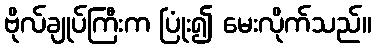
ဗိုလ်ချုပ်ကြီးက ပြုံး၍ မေးလိုက်သည်။